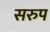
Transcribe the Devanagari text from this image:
सरुप